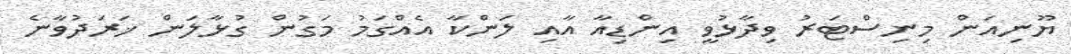
ޔޫނިއަން މިިނިސްޓަރު ވިދާޅުވީ އިންޑިއާ އާއި ލަންކާ އެއްގަމު މަގުން ގުޅާލަން ޚަރަދުވާނެ